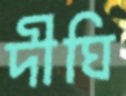
দীঘি